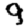
Digit: 9